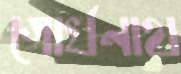
গোর্খনাথ